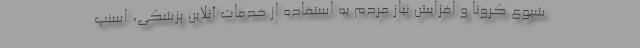
شیوع کرونا و افزایش نیاز مردم به استفاده از خدمات آنلاین پزشکی، اسنپ